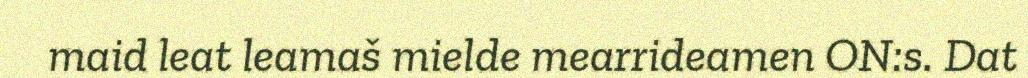
maid leat leamaš mielde mearrideamen ON:s. Dat